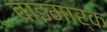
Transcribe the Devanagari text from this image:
वाइमार्क